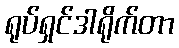
ရုပ်ရှင်ဒါရိုက်တာ